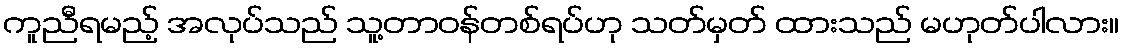
ကူညီရမည့် အလုပ်သည် သူ့တာဝန်တစ်ရပ်ဟု သတ်မှတ် ထားသည် မဟုတ်ပါလား။